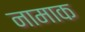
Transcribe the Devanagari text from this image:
नामाक